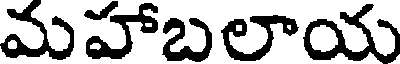
మహాబలాయ